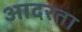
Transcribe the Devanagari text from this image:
आदरता